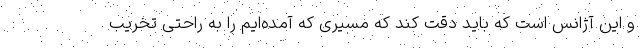
و این آژانس است که باید دقت کند که مسیری که آمده‌ایم را به راحتی تخریب